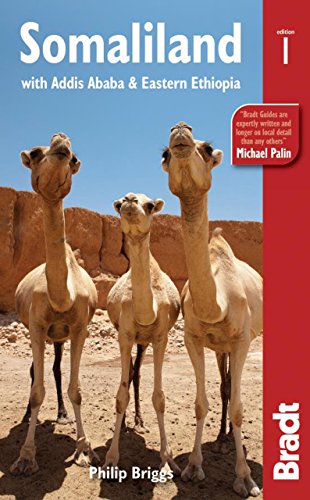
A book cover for Somaliland: With Addis Ababa & Eastern Ethiopia (Bradt Travel Guide); Philip Briggs; Travel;